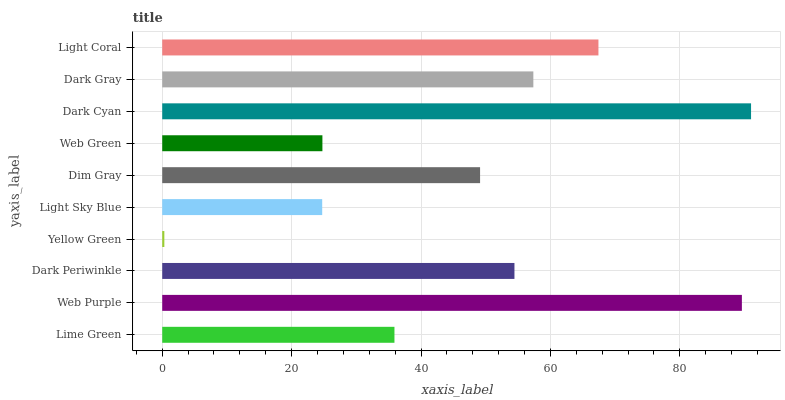
| yaxis_label | bars |
 | --- | --- |
 | Lime Green | 35.9 |
 | Web Purple | 89.6 |
 | Dark Periwinkle | 54.4 |
 | Yellow Green | 0.328 |
 | Light Sky Blue | 24.7 |
 | Dim Gray | 49.1 |
 | Web Green | 24.8 |
 | Dark Cyan | 91 |
 | Dark Gray | 57.4 |
 | Light Coral | 67.4 |